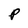
Character: P